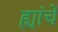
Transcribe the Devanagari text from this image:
ह्यांचें